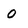
Character: 0